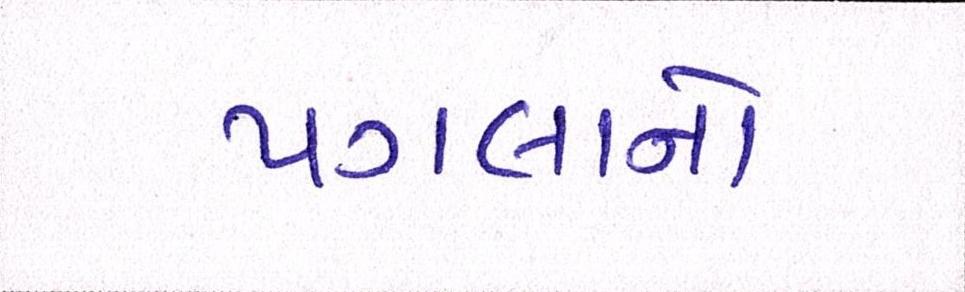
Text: પગલાનો